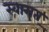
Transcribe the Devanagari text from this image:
स्वागत्